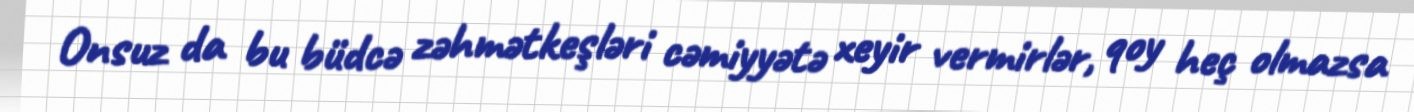
Onsuz da bu büdcə zəhmətkeşləri cəmiyyətə xeyir vermirlər, qoy heç olmazsa